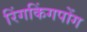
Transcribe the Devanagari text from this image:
रिंगकिंगपोंग